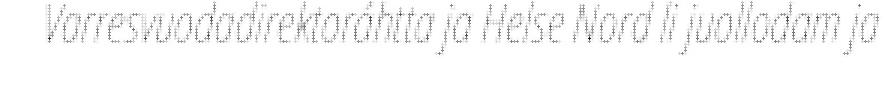
Varresvuodadirektoráhtta ja Helse Nord li juollodam ja